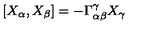
[ X _ { \alpha } , X _ { \beta } ] = - \Gamma _ { \alpha \beta } ^ { \gamma } X _ { \gamma }